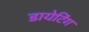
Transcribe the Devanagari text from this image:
डायेटिंग